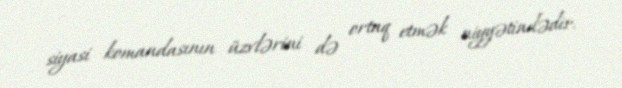
siyasi komandasının üzvlərini də ortaq etmək niyyətindədir.